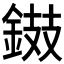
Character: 𨧾